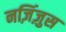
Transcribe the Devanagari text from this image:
नज़िंज़ुस